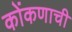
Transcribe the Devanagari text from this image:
कोंकणाची